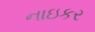
નાઇકર